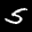
Label: 5